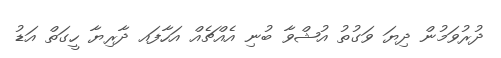
ދުރުވަމުން ދިޔަ ވަގުތު އުޝްވާ ބުނި އެއްޗެއް އަހާފައ ދާރިޔާ ހީގަތް އަޑު